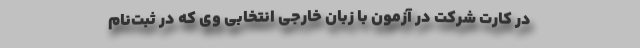
در کارت‌ شرکت در آزمون با زبان‌ خارجی‌ انتخابی وی‌ که در ثبت‌نام‌